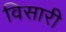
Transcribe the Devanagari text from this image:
विसारी